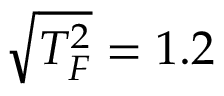
\sqrt { T _ { F } ^ { 2 } } = 1 . 2